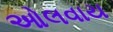
ઓલવાય